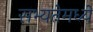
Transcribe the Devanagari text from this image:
सभ्यतेमध्ये